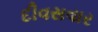
દીવસવાર